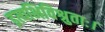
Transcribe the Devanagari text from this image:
इत्यभिविश्रुताः।